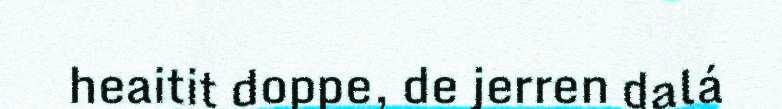
heaitit doppe, de jerren dalá